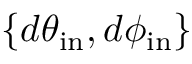
\{ d \theta _ { \mathrm { i n } } , d \phi _ { \mathrm { i n } } \}